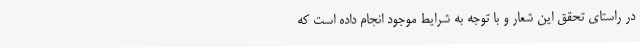
در راستای تحقق این شعار و با توجه به شرایط موجود انجام داده است که